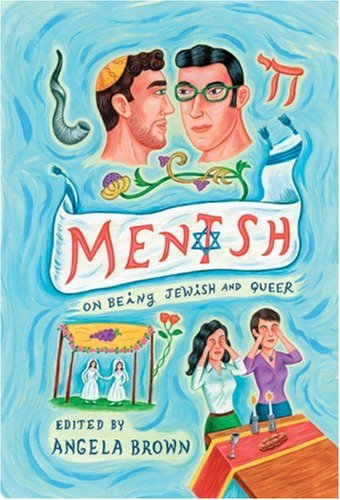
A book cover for Mentsh: On Being Jewish and Queer; Religion & Spirituality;